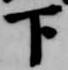
下